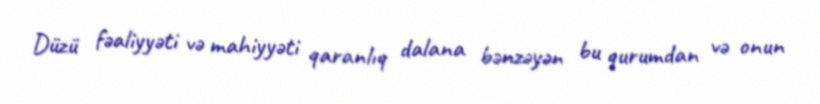
Düzü fəaliyyəti və mahiyyəti qaranlıq dalana bənzəyən bu qurumdan və onun